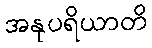
အနုပရိယာတိ